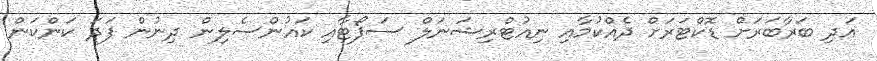
އަދި ބަރާބަރަށް ޑޮކްޓަރަށް ދެއްކުމާއި ނިއުޓްރިޝަނަލް ސަޕޯޓާއި ކައުންސެލިން ދިނުން ފަދަ ކަންކަން